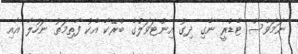
ނަމަވެސް ޓެޑްރީ ނެގި ދިގު އިންޓަވަލްގެ ބްރޭކާ އެކު ފާތިމަތު ނަހުލާ އާއި